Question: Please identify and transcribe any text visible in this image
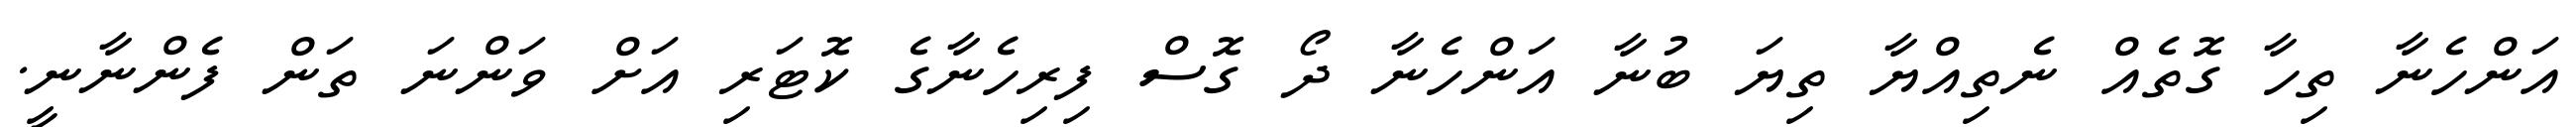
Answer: އަންހެނާ ތިހާ ގޮތެއް ނެތިއްޔާ ތިޔަ ބުނާ އަންހެނާ ދޯ ގޮސް ފިރިހެނާގެ ކޮޓަރި އަށް ވަންނަ ތަން ފެންނާނީ.